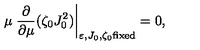
\mu \left. \frac { \partial } { \partial \mu } ( \zeta _ { 0 } J _ { 0 } ^ { 2 } ) \right| _ { \varepsilon , J _ { 0 } , \zeta _ { 0 } \mathrm { f i x e d } } = 0 ,